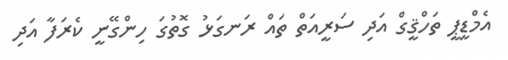
އެމްޑީޕީ ތަހްޤީގް އަދި ސަރީއަތް ތައް ރަނގަޅު ގޮތުގަ ހިންގޭނީ ކެރަފާ އަދި